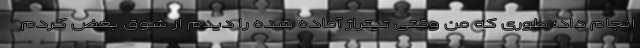
انجام داد؛ طوری که من وقتی تیتراژ آماده شده را دیدم از شوق بغض کردم